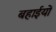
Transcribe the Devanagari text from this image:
बहाईयों